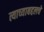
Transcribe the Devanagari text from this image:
त्याच्याबद्दलचे